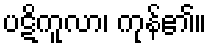
ပဋိကူလာ၊ ကုန်၏။